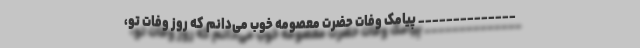
______________ پیامک وفات حضرت معصومه خوب می‌دانم که روز وفات تو،